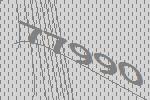
77990